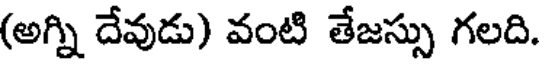
(అగ్ని దేవుడు) వంటి తేజస్సు గలది.